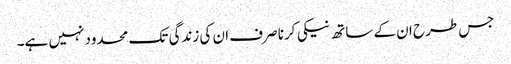
جس طرح ان کے ساتھ نیکی کرنا صرف ان کی زندگی تک محدود نہیں ہے۔